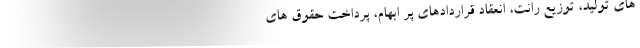
های تولید، توزیع رانت، انعقاد قراردادهای پر ابهام، پرداخت حقوق های